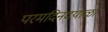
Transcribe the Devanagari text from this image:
परमदिनदयाळा